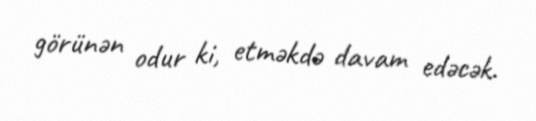
görünən odur ki, etməkdə davam edəcək.